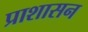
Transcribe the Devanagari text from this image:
प्राशासन